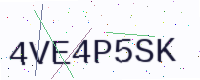
Text: 4VE4P5SK